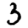
Digit: 3